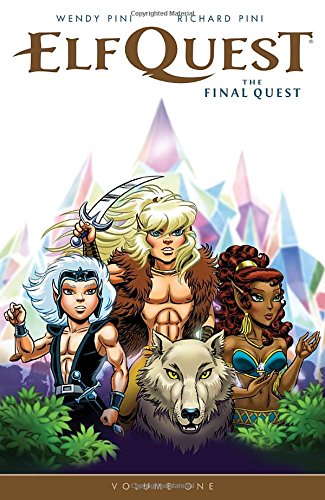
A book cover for Elfquest: The Final Quest Volume 1; Wendy Pini; Comics & Graphic Novels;